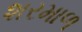
શરમાળ